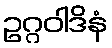
ဥဂ္ဂဝါဒိနံ